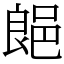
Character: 郒